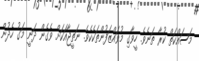
މަސައްކަތް ކުރާ ތަނެވެ. ހީވާގި މުވައްޒަފުންތަކެކެވެ. ނަތީޖާއަކަށް ވެގެން ދަނީ މަގު ހެދުން